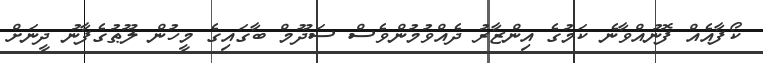
ކޯފާއެއް ފޮނުއްވާނެ ކަމުގެ އިންޒާރު ދެއްވުމުންވެސް ސަދޫމް ބާގައިގެ މީހުން ލޫޠުގެފާނު ދީނަށް